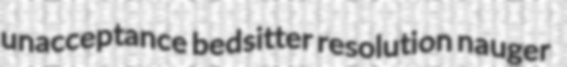
unacceptance bedsitter resolution nauger